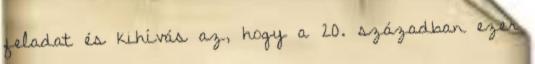
feladat és kihívás az, hogy a 20. században ezer